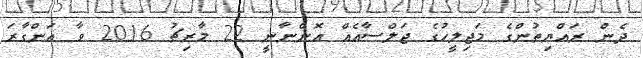
ދެން ރައްޔިތުންގެ މަޖިލީހުގެ ޖަލްސާއެއް އޮންނާނީ 22 މާރިޗު 2016 ވާ އަންގާރަ